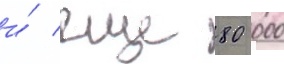
и́ еще 80 000